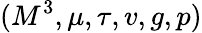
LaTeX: (M^{3},\mu,\tau,v,g,p)